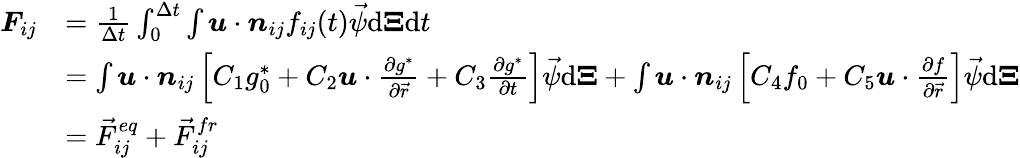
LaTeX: \begin{array}{rl}{\boldsymbol{F}_{ij}}&{=\frac{1}{\Delta t}\int_{0}^{\Delta t}\int\boldsymbol{u}\cdot\boldsymbol{n}_{ij}f_{ij}(t){\vec{\psi}}\mathrm{d}\boldsymbol{\Xi}\mathrm{d}t}\\ &{=\int\boldsymbol{u}\cdot\boldsymbol{n}_{ij}\left[C_{1}g_{0}^{\ast}+C_{2}\boldsymbol{u}\cdot\frac{\partial g^{\ast}}{\partial\vec{r}}+C_{3}\frac{\partial g^{\ast}}{\partial t}\right]{\vec{\psi}}\mathrm{d}\boldsymbol{\Xi}+\int\boldsymbol{u}\cdot\boldsymbol{n}_{ij}\left[C_{4}f_{0}+C_{5}\boldsymbol{u}\cdot\frac{\partial f}{\partial\vec{r}}\right]{\vec{\psi}}\mathrm{d}\boldsymbol{\Xi}}\\ &{={\vec{F}}_{ij}^{eq}+{\vec{F}}_{ij}^{fr}}\end{array}